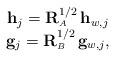
LaTeX: \begin{align*} \begin{array}{c} \mathbf{h}_j=\mathbf{R}^{1/2}_{\scriptscriptstyle{A}} \, \mathbf{h}_{w,j} \\ \mathbf{g}_j=\mathbf{R}^{1/2}_{\scriptscriptstyle{B}} \, \mathbf{g}_{w,j},\end{array}\end{align*}